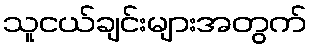
သူငယ်ချင်းများအတွက်